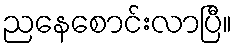
ညနေစောင်းလာပြီ။